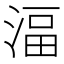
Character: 湢